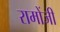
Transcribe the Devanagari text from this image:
रामोंजी